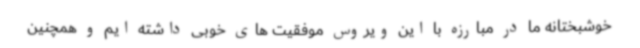
خوشبختانه ما در مبارزه با این ویروس موفقیت های خوبی داشته ایم و همچنین